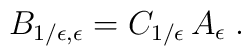
B_{1/\epsilon, \epsilon} = C_{1/\epsilon}\,  A_{\epsilon} \; .